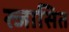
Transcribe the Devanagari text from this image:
स्जासित